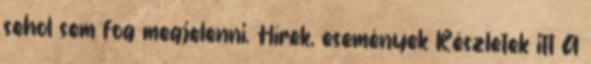
sehol sem fog megjelenni. Hírek, események Részletek itt A